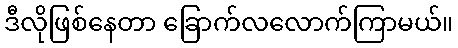
ဒီလိုဖြစ်နေတာ ခြောက်လလောက်ကြာမယ်။